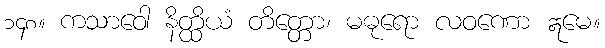
၁၄၈။ ကသာဝေါ နိတ္ထိယံ တိတ္တော၊ မဓုရော လဝဏော ဣမေ။